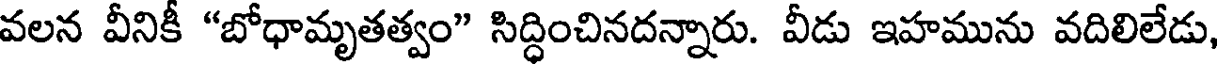
వలన వీనికీ "బోధామృతత్వం" సిద్ధించినదన్నారు. వీడు ఇహమును వదిలిలేడు,